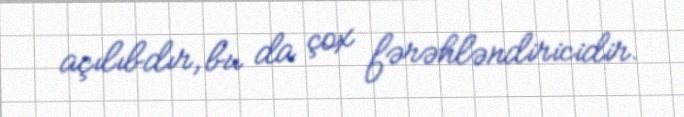
açılıbdır, bu da çox fərəhləndiricidir.